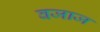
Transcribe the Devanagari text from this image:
वजाज